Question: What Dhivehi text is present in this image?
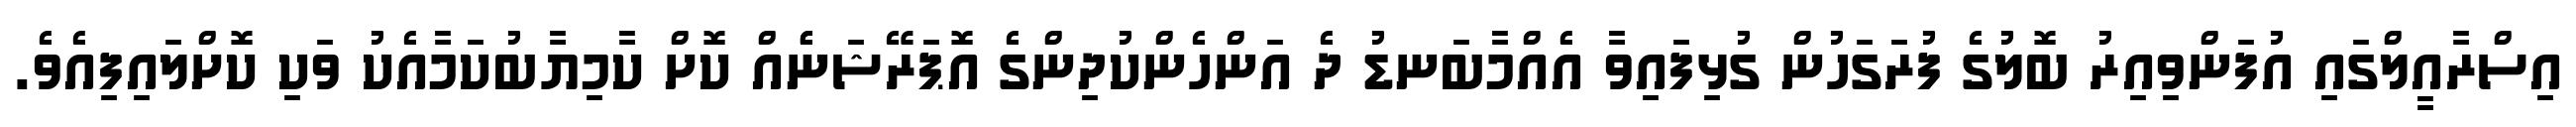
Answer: އިސްރާއީލްގައި އުފަންވިއިރު ބޮލުގެ ފުރަގަހުން ގުޅިފައިވާ އެއްމާބަނޑު ދެ އަންހެންކުދިންގެ އޮޕަރޭޝަނެެއް ކޮށް ކާމިޔާބުކަމާއެކު ވަކި ކޮށްލައިފިއެވެ.